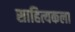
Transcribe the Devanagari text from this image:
साहित्यकला